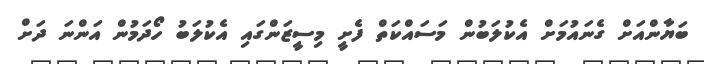
ބަޔާންއަށް ގެނައުމަށް އެކުލަބުން މަސައްކަތް ފެށީ މިސީޒަންގައި އެކުލަބު ހޯދަމުން އަންނަ ދަށް